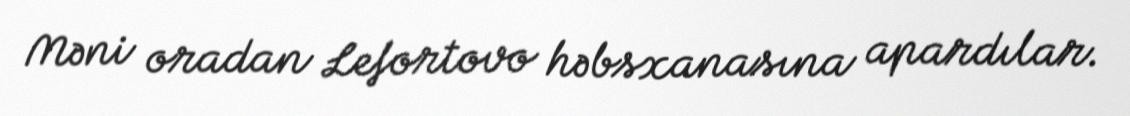
Məni oradan Lefortovo həbsxanasına apardılar.